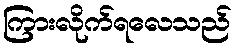
ကြားလိုက်ရလေသည်